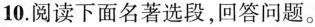
10.阅读下面名著选段，回答问题。